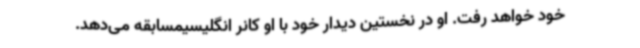
خود خواهد رفت. او در نخستین دیدار خود با او کانر انگلیسیمسابقه می‌دهد.